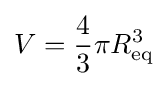
V={\frac {4}{3}}\pi R_{\text{eq}}^{3}